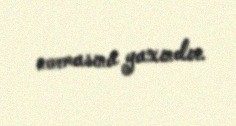
normasına yaxındır.